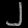
Digit: ၂